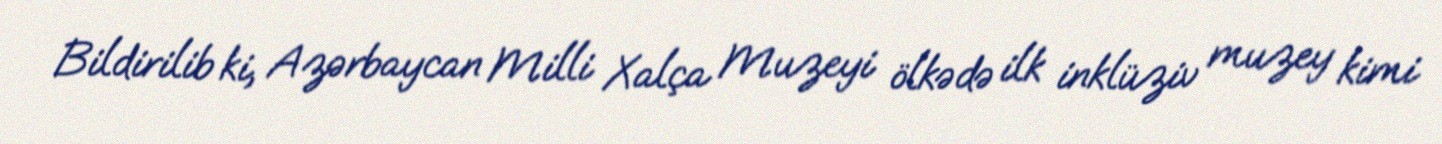
Bildirilib ki, Azərbaycan Milli Xalça Muzeyi ölkədə ilk inklüziv muzey kimi